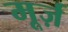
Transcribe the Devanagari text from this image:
मूर्ज़